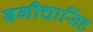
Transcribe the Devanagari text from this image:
बगीचासिंह